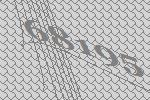
68195